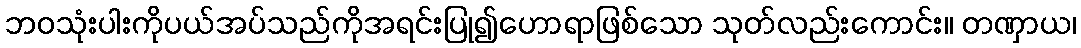
ဘဝသုံးပါးကိုပယ်အပ်သည်ကိုအရင်းပြု၍ဟောရာဖြစ်သော သုတ်လည်းကောင်း။ တဏှာယ၊